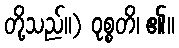
တို့သည်။) ဝုစ္စတိ၊ ၏။